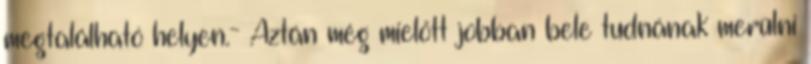
megtalálható helyen.- Aztán még mielőtt jobban bele tudnának merülni